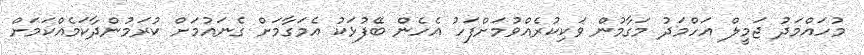
މުހައްމަދު ޖަމީލް އަހްމަދު މަގާމުން ވަކިކުރެއްވުމަށްފަހު އެހެން ބޭފުޅަކު އެމަގާމަށް ގެނައުމަށް ކުރަމުންދާކަމެއްކަމަށް